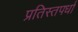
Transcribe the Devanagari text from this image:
प्रतिस्तपर्धा